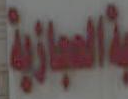
العجازية